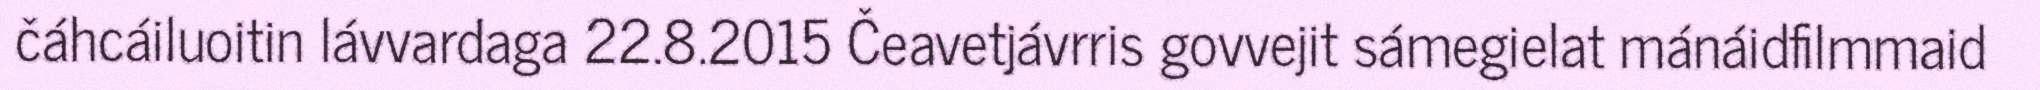
čáhcáiluoitin lávvardaga 22.8.2015 Čeavetjávrris govvejit sámegielat mánáidfilmmaid